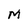
Character: M